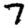
Digit: 7